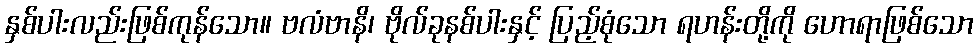
နှစ်ပါးလည်းဖြစ်ကုန်သော။ ဗလံဗာနိ၊ ဗိုလ်ခုနစ်ပါးနှင့် ပြည့်စုံသော ရဟန်းတို့ကို ဟောရာဖြစ်သော